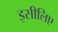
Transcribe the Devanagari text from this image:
इसीलिए